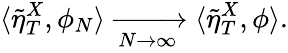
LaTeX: \langle\tilde{\eta}_{T}^{X},\phi_{N}\rangle\xrightarrow[N\to\infty]{}\langle\tilde{\eta}_{T}^{X},\phi\rangle.